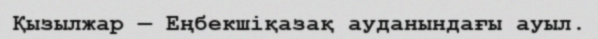
Қызылжар — Еңбекшіқазақ ауданындағы ауыл.